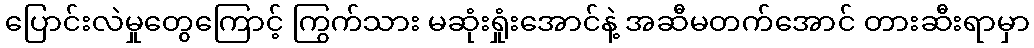
ပြောင်းလဲမှုတွေကြောင့် ကြွက်သား မဆုံးရှုံးအောင်နဲ့ အဆီမတက်အောင် တားဆီးရာမှာ